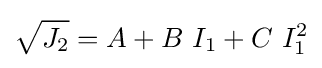
{\sqrt {J_{2}}}=A+B~I_{1}+C~I_{1}^{2}